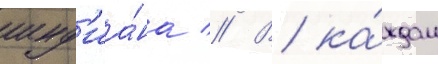
инд'иа́на // В ка́ждом